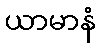
ယာမာနံ